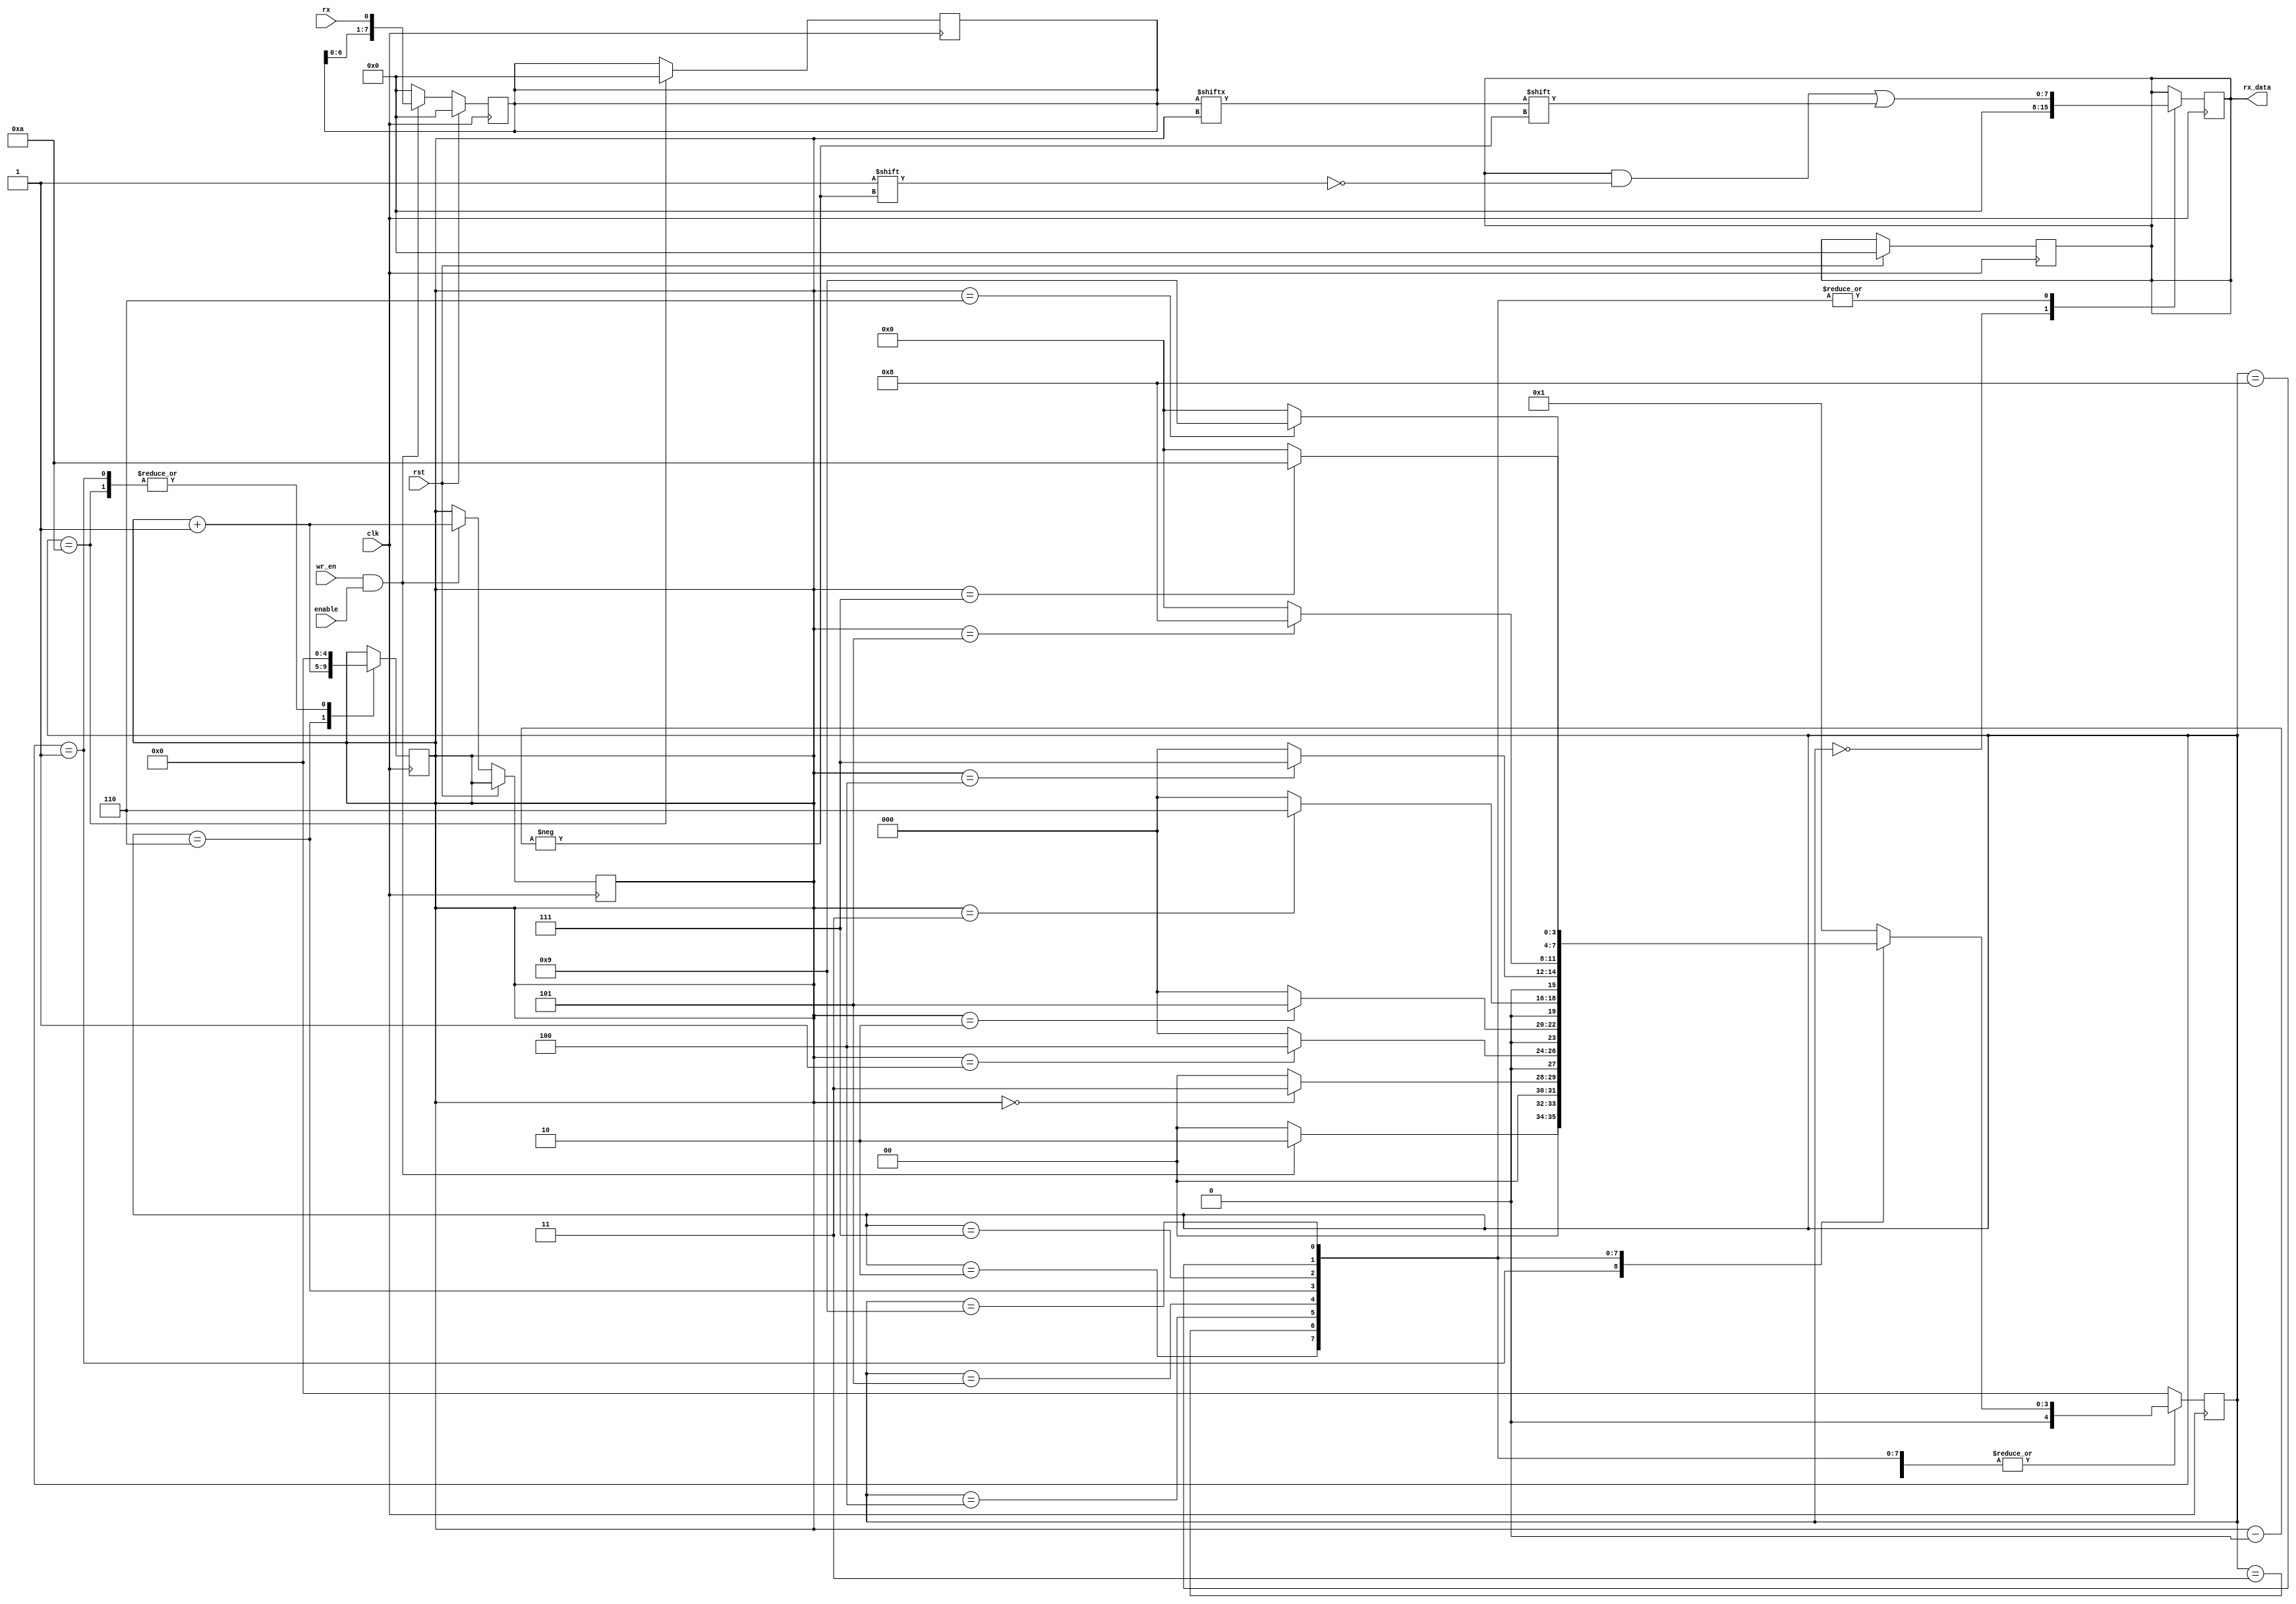
module late_1_rx(clk,rst,wr_en,enable,rx,rx_data);
	input 		clk,rst,wr_en,enable;
	input 		rx;
	output reg  [7:0] rx_data;
	reg			[7:0] rx_reg;
	reg			[4:0] state;
	reg			[4:0] next_state;
	wire    	rx,clk,rst,wr_en,enable;
	reg			[4:0] count;
	
	parameter	IDLE   = 4'b0000,
				START  = 4'b0001,
				DATA_0 = 4'b0010,
				DATA_1 = 4'b0011,
				DATA_2 = 4'b0100,
				DATA_3 = 4'b0101,
				DATA_4 = 4'b0110,
				DATA_5 = 4'b0111,
				DATA_6 = 4'b1000,
				DATA_7 = 4'b1001,
				STOP   = 4'b1010;
				
	always@(posedge clk)
		
		begin:RX_REGISTER
		rx_reg <= 0;
			if(rst == 1)begin
			rx_data <= 8'b0;
			end
		    else if(wr_en == 1 && enable == 1) begin
			rx_reg[7:0] <= {rx_reg[6:0],rx};
			//rx_reg[7:0] <= {rx,rx_reg[7:1]};
			count  <= count + 1;
			end
			
			//if (count == 8)begin
			//state <= STOP;
			//end
			//else begin
			//count <= count + 1;
			//end												 						
		end
		
		
	always@(state or wr_en or enable)
		begin:COMB_LOGIC
		next_state = 4'b0000;
				
				case(state)
				
				 IDLE  : //if(wr_en == 1'b1 && enable == 1'b1)
						begin
						next_state = START;
						end
						//else begin
						//next_state = IDLE;
						//end
				 START :  if(wr_en == 1'b1 && enable == 1'b1)
						begin
						//tx_reg<= 8'd0;
						next_state = DATA_0;
						end
				 DATA_0: if(count == 0) //if(tx == 1'b0)    if(wr_en == 1'b1 && enable == 1'b1)
						begin
						//tx_reg<= 0;
						next_state = DATA_1;
						end
				 DATA_1:if(count == 1)// if(tx_reg)
						begin
						//tx_reg<= 0;
						next_state = DATA_2;
						end
				 DATA_2:if(count == 2)// if(tx_reg)
						begin
						//tx_reg<= 0;
						next_state = DATA_3;
						end
				 DATA_3:if(count == 3)// if(tx_reg)
						begin
						//tx_reg<= 0;
						next_state = DATA_4;
						end
				 DATA_4:if(count == 4) //if(tx_reg)
						begin
						//tx_reg<= 0;
						next_state = DATA_5;
						end
				 DATA_5:if(count == 5) //if(tx_reg)
						begin
						//tx_reg<= 0;
						next_state = DATA_6;
						end
				 DATA_6: if(count == 6)//if(tx_reg)
						begin
						//tx_reg<= 0;
						next_state = DATA_7;
						end
				 DATA_7: if(count == 7)//if(tx_reg)
						begin
						//tx_reg<= 0;
						next_state = STOP;
						end
				 STOP  : if(count == 8)//if(tx_reg)
						begin
						//tx_reg<= 0;
						next_state = IDLE;
						end
				 default:begin
						next_state = IDLE;
					    end
				endcase
		end
		
		
	always@(posedge clk)
		begin:SEQ_LOGIC
			
			  begin
				state <= next_state;
				case(state)
				
				 IDLE  : //if(wr_en == 1'b1 && enable == 1'b1)
						begin
						rx_data <= 0;
						end
						
				 START :
						begin
						//tx_reg<= 8'd0;
						//rx_data <= 1'b0;
						count   <= 0;
						end
				 
				 DATA_0://if(count == 0)
						begin
						//tx_reg<= 0;
						rx_data[count] <= rx_reg[count];
						//count   <= count + 1;
						end
						
				 DATA_1://if(count == 1)
						begin
						//tx_reg<= 0;
						rx_data[count] <= rx_reg[count];
						//count   <= count + 1;
						end
						
				 DATA_2://if(count == 2)
						begin
						//tx_reg<= 0;
						rx_data[count] <= rx_reg[count];
						//count   <= count + 1;
						end
						
				 DATA_3://if(count == 3)
						begin
						//tx_reg<= 0;
						rx_data[count] <= rx_reg[count];
						//count   <= count + 1;
						end
						
				 DATA_4://if(count == 4)
						begin
						//tx_reg<= 0;
						rx_data[count] <= rx_reg[count];
						count   <= count + 1;
						end
						
				 DATA_5://if(count == 5)
						begin
						//tx_reg<= 0;
						rx_data[count] <= rx_reg[count];
						//count   <= count + 1;
						end
						
				 DATA_6://if(count == 6)
						begin
						//tx_reg<= 0;
						rx_data[count] <= rx_reg[count];
						//count   <= count + 1;
						end
						
				 DATA_7://if(count == 7)
						begin
						//tx_reg<= 0;
						rx_data[count] <= rx_reg[count];
						//count   <= count + 1;
						end
						
				 STOP  : //if(count == 8)
						begin
						state  <= IDLE;
						rx_reg <= 8'b00000000;
						count  <= 0;
						end
						
				 default:begin
						state <= IDLE;
					    end
				endcase
			end
		end
endmodule